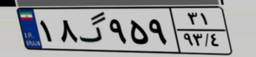
۱۸گ۹۵۹۳۱